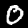
Label: 0